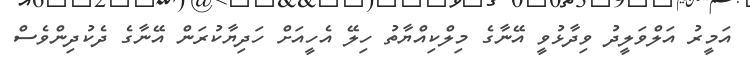
އަމީރު އަލްވަލީދު ވިދާޅުވީ އޭނާގެ މިލްކިއްޔާތު ހިލޭ އެހީއަށް ހަދިޔާކުރަން އޭނާގެ ދެކުދިންވެސް